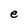
Character: e